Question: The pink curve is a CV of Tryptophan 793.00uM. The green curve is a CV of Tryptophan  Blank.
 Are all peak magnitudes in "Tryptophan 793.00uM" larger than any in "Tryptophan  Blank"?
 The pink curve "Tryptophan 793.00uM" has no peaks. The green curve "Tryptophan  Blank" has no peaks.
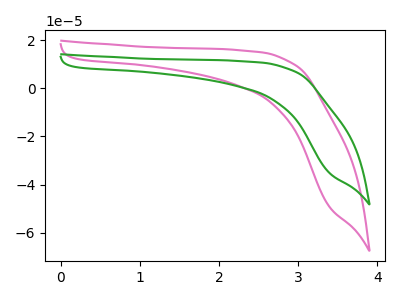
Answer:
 <answer>Niether CV has any peaks.</answer>
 <eval>blanks</eval>